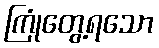
ကြုံတွေ့ရသော